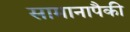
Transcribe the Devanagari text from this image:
सामानापैकी